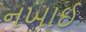
નખાઈ